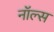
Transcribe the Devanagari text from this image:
नॉल्स